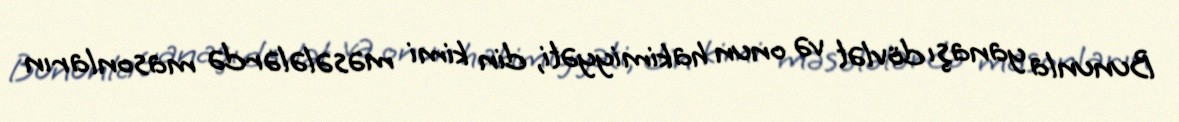
Bununla yanaşı dövlət və onun hakimiyyəti, din kimi məsələlərdə masonların